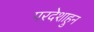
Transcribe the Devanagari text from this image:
परदेशाहुन